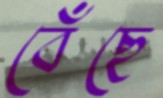
বেঁছে